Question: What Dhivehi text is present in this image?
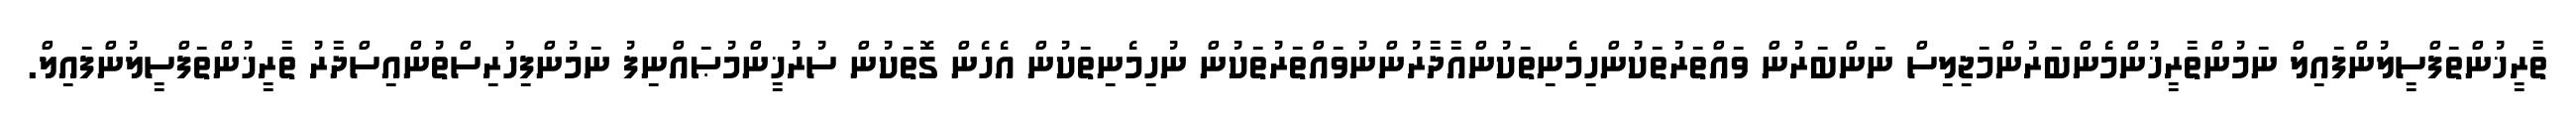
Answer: ތާރީޚުންތަފްސީލުންފައިލް ނަމުންތާރީޚުންމެންބަރުންމަޖިލިސް ނަންބަރުން ވައްތަރުތަކުންހިމެނިތަކުންއާދާރުންނުވައްތަރުތަކުން ނުހިމެނިތަކުން އެހެން ގޮތަކުން ސުރުޚީންމުޞައްނިފު ނަމުންފިހުރިސްތުންއިސްދާރު ތާރީޚުންތަފްސީލުންފައިލް.